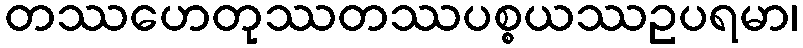
တဿဟေတုဿတဿပစ္စယဿဥပရမာ၊